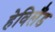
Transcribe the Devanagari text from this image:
हेविलैंड